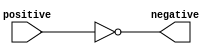
module Inverter (
	input positive,
	output negative
	);
	assign negative = ~positive;
endmodule